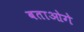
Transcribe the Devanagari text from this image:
बताओगे